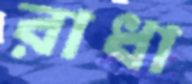
রাধা